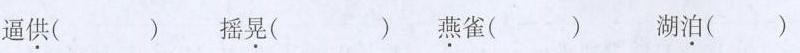
逼供( ) 摇晃( ) 燕雀( ) 湖泊( )